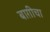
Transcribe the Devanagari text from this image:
बाग़ीचा